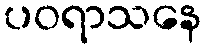
ပဝရာသနေ